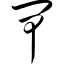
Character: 闸